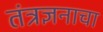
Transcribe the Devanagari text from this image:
तंत्रज्ञनाचा